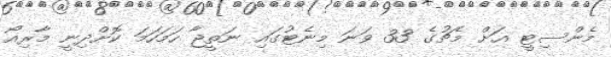
މެންސިޓީ އަށް މެޗުގެ 33 ވަނަ މިނެޓުގައި ނަތީޖާ ހަމަހަމަ ކޮށްދިނީ މާރިއޯ